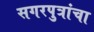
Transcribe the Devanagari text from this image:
सगरपुत्रांचा